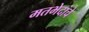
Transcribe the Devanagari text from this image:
मतभेदांचे